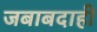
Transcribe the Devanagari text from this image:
जबाबदाही